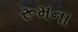
રૂમના